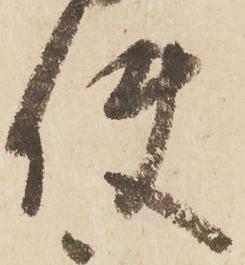
使